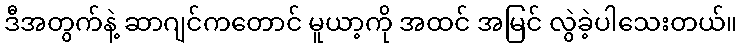
ဒီအတွက်နဲ့ ဆာဂျင်ကတောင် မူယာ့ကို အထင် အမြင် လွဲခဲ့ပါသေးတယ်။